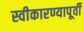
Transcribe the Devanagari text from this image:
स्वीकारण्यापूर्वी